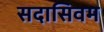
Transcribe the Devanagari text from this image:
सदासिवम